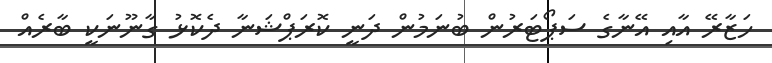
ހަޒާރޭ އާއި އޭނާގެ ސަޕޯޓަރުން ބުނަމުން ދަނީ ކޮރަޕްޝަނާ ދެކޮޅު ގާނޫނަކީ ބާރެއް